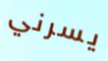
يسرني